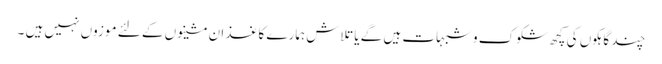
چند گاہکوں کی کچھ شکوک و شبہات ہیں گے یا تلاش ہمارے کاغذ ان مشینوں کے لئے موزوں نہیں ہیں ۔